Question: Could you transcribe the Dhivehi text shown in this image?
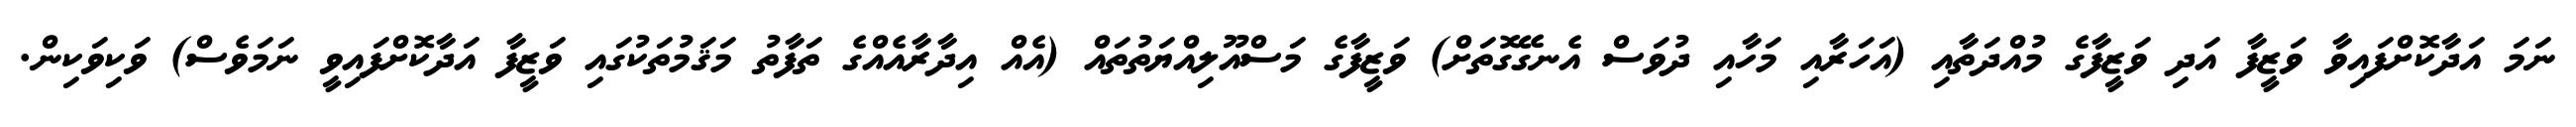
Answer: ނަމަ އަދާކޮށްފައިވާ ވަޒީފާ އަދި ވަޒީފާގެ މުއްދަތާއި (އަހަރާއި މަހާއި ދުވަސް އެނގޭގޮތަށް) ވަޒީފާގެ މަސްއޫލިއްޔަތުތައް (އެއް އިދާރާއެއްގެ ތަފާތު މަޤަމުތަކުގައި ވަޒީފާ އަދާކޮށްފައިވީ ނަމަވެސް) ވަކިވަކިން.